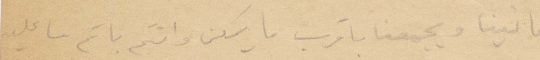
امانينا ويجمعنا باقرب ما يمكن وانتم باتم ما عليه